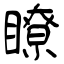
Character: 瞭